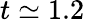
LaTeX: t\simeq 1.2